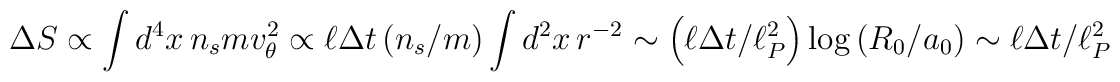
\Delta S\propto \int d^{4}x\,n_{s}mv_{\theta }^{2}\propto \ell \Delta t\left( n_{s}/m\right) \int d^{2}x\,r^{-2}\sim \left( \ell \Delta t /\ell_{P}^{2} \right) \log \left( R_{0}/a_{0}\right) \sim \ell \Delta t /\ell_{P}^{2}